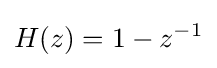
H(z)=1-z^{-1}